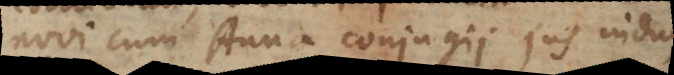
ovi cum Anna conjugii jus indulsi